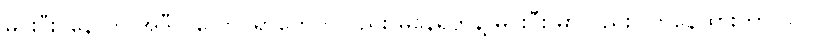
မိုင်းဝီး၊ နောက် အဲဒီ ပလောင်ရွာတွေကလည်း မနေရဲဘဲနဲ့ မိုင်းဝီး မှာလည်း လာနေထားတာ ၁၀၀၀